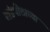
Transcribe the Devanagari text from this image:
खंडपीठाच्या